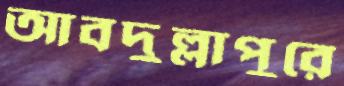
আবদুল্লাপুরে